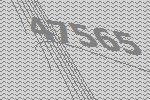
47565